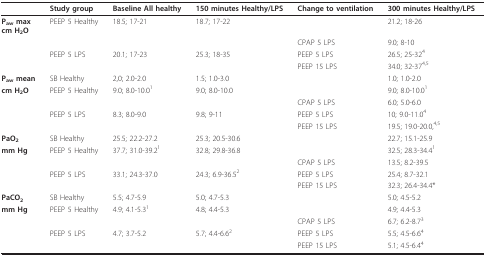
<table><thead><tr><td></td><td><b>Study group</b></td><td><b>Baseline All healthy</b></td><td><b>150 minutes Healthy/LPS</b></td><td><b>Change to ventilation</b></td><td><b>300 minutes Healthy/LPS</b></td></tr></thead><tbody><tr><td><b>P<sub>aw </sub>max</b><b>cm H<sub>2</sub>O</b></td><td>PEEP 5 Healthy</td><td>18.5; 17-21</td><td>18.7; 17-22</td><td></td><td>21.2; 18-26</td></tr><tr><td></td><td></td><td></td><td></td><td>CPAP 5 LPS</td><td>9.0; 8-10</td></tr><tr><td></td><td>PEEP 5 LPS</td><td>20.1; 17-23</td><td>25.3; 18-35</td><td>PEEP 5 LPS</td><td>26.5; 25-32<sup>4</sup></td></tr><tr><td></td><td></td><td></td><td></td><td>PEEP 15 LPS</td><td>34.0; 32-37<sup>4,5</sup></td></tr><tr><td><b>P<sub>aw </sub>mean</b></td><td>SB Healthy</td><td>2,0; 2.0-2.0</td><td>1.5; 1.0-3.0</td><td></td><td>1.0; 1.0-2.0</td></tr><tr><td><b>cm H<sub>2</sub>O</b></td><td>PEEP 5 Healthy</td><td>9.0; 8.0-10.0<sup>1</sup></td><td>9.0; 8.0-10.0</td><td></td><td>9.0; 8.0-10.0<sup>1</sup></td></tr><tr><td></td><td></td><td></td><td></td><td>CPAP 5 LPS</td><td>6.0; 5.0-6.0</td></tr><tr><td></td><td>PEEP 5 LPS</td><td>8.3; 8.0-9.0</td><td>9.8; 9-11</td><td>PEEP 5 LPS</td><td>10; 9.0-11.0<sup>4</sup></td></tr><tr><td></td><td></td><td></td><td></td><td>PEEP 15 LPS</td><td>19.5; 19.0-20.0,<sup>4,5</sup></td></tr><tr><td><b>PaO<sub>2</sub></b></td><td>SB Healthy</td><td>25.5; 22.2-27.2</td><td>25.3; 20.5-30.6</td><td></td><td>22.7; 15.1-25.9</td></tr><tr><td><b>mm Hg</b></td><td>PEEP 5 Healthy</td><td>37.7; 31.0-39.2<sup>1</sup></td><td>32.8; 29.8-36.8</td><td></td><td>32.5; 28.3-34.4<sup>1</sup></td></tr><tr><td></td><td></td><td></td><td></td><td>CPAP 5 LPS</td><td>13.5; 8.2-39.5</td></tr><tr><td></td><td>PEEP 5 LPS</td><td>33.1; 24.3-37.0</td><td>24.3; 6.9-36.5<sup>2</sup></td><td>PEEP 5 LPS</td><td>25.4; 8.7-32.1</td></tr><tr><td></td><td></td><td></td><td></td><td>PEEP 15 LPS</td><td>32.3; 26.4-34.4*</td></tr><tr><td><b>PaCO<sub>2</sub></b></td><td>SB Healthy</td><td>5.5; 4.7-5.9</td><td>5.0; 4.7-5.3</td><td></td><td>5.0; 4.5-5.2</td></tr><tr><td><b>mm Hg</b></td><td>PEEP 5 Healthy</td><td>4.9; 4.1-5.3<sup>1</sup></td><td>4.8; 4.4-5.3</td><td></td><td>4.9; 4.4-5.3</td></tr><tr><td></td><td></td><td></td><td></td><td>CPAP 5 LPS</td><td>6.7; 6.2-8.7<sup>3</sup></td></tr><tr><td></td><td>PEEP 5 LPS</td><td>4.7; 3.7-5.2</td><td>5.7; 4.4-6.6<sup>2</sup></td><td>PEEP 5 LPS</td><td>5.5; 4.5-6.6<sup>4</sup></td></tr><tr><td></td><td></td><td></td><td></td><td>PEEP 15 LPS</td><td>5.1; 4.5-6.4<sup>4</sup></td></tr></tbody></table>